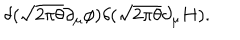
\delta ( \sqrt { 2 \pi \theta } \partial _ { \mu } \phi ) \delta ( \sqrt { 2 \pi \theta } \partial _ { \mu } H ) .